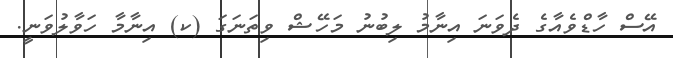
އޭސް ހާޑްވެއާގެ ދެވަނަ އިނާމު ލިބުނު މަހޭޝް ވިތަނަގަ (ކ) އިނާމާ ހަވާލުވަނީ.